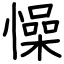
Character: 懆